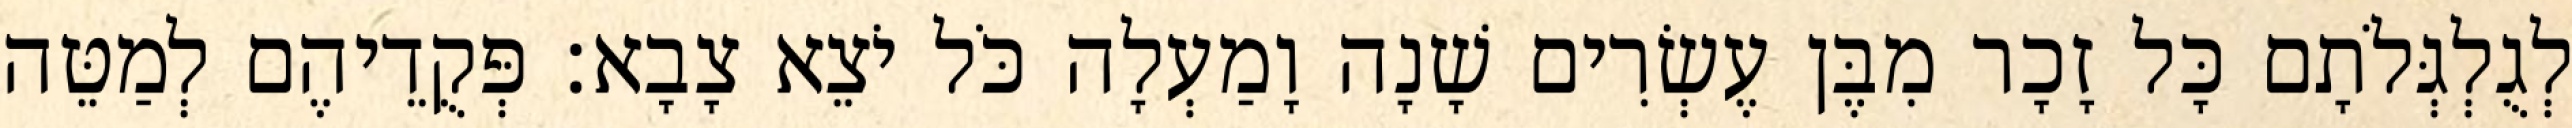
לְגֻלְגְּלֹתָם כָּל זָכָר מִבֶּן עֶשְׂרִים שָׁנָה וָמַעְלָה כֹּל יֹצֵא צָבָא׃ פְּקֻדֵיהֶם לְמַטֵּה